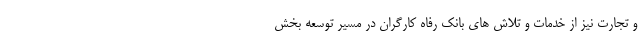
و تجارت نیز از خدمات و تلاش های بانک رفاه کارگران در مسیر توسعه بخش